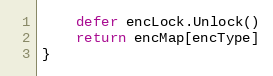
Language: Go
	defer encLock.Unlock()
	return encMap[encType]
}